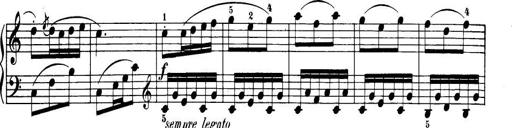
Title: 32 Sonatinas and Rondos for the Piano
Composer: Richard Kleinmichel